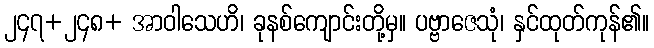
၂၄၇+၂၄၈+ အာဝါသေဟိ၊ ခုနစ်ကျောင်းတို့မှ။ ပဗ္ဗာဇေသုံ၊ နှင်ထုတ်ကုန်၏။